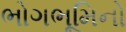
ભોગભૂમિનો